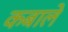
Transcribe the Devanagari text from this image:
कबाले